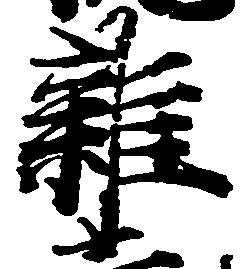
雑